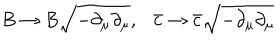
LaTeX: B \rightarrow B \sqrt { - \partial _ { \mu } \partial _ { \mu } } , \ \ \ \bar { c } \rightarrow \bar { c } \sqrt { - \partial _ { \mu } \partial _ { \mu } }